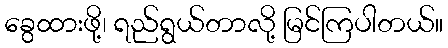
ခွေထားဖို့၊ ရည်ရွယ်တာလို့ မြင်ကြပါတယ်။